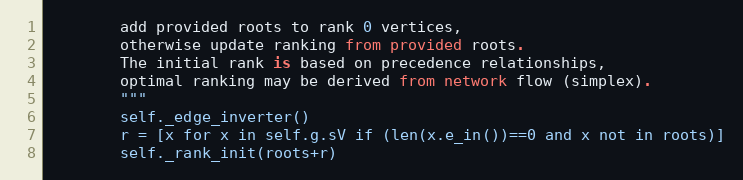
Language: Python
        add provided roots to rank 0 vertices,
        otherwise update ranking from provided roots.
        The initial rank is based on precedence relationships,
        optimal ranking may be derived from network flow (simplex).
        """
        self._edge_inverter()
        r = [x for x in self.g.sV if (len(x.e_in())==0 and x not in roots)]
        self._rank_init(roots+r)